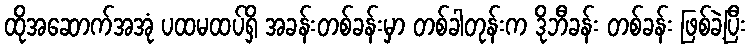
ထိုအဆောက်အအုံ ပထမထပ်ရှိ အခန်းတစ်ခန်းမှာ တစ်ခါတုန်းက ဒိုဘီခန်း တစ်ခန်း ဖြစ်ခဲ့ပြီး